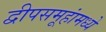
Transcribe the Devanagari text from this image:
द्वीपसमूहांमध्ये